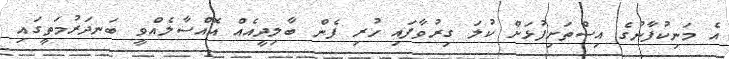
އެ މަނިކުފާނުގެ އިސްތަށިފުޅަށް ކުލަ ގިރުވާފައި ހުރި ފެން ބާލިދީއެއް އޮއްސާލެއްވީ ބަނދަރުމަތީގައި